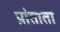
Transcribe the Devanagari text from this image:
प्रांताता